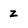
Character: z